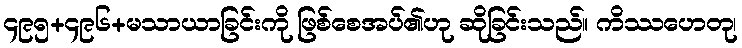
၄၉၅+၄၉၆+မသာယာခြင်းကို ဖြစ်စေအပ်၏ဟု ဆိုခြင်းသည်။ ကိဿဟေတု၊